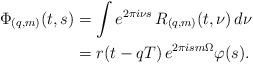
LaTeX: \begin{align*}\Phi_{(q,m)}(t,s)& = \int e^{2\pi i\nu s}\,R_{(q,m)}(t,\nu)\,d\nu \\& = r(t-qT)\,e^{2\pi i s m\Omega}\varphi(s).\end{align*}